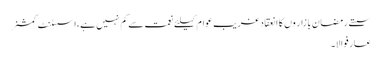
سستے رمضان بازار وں کا انعقادغریب عوام کیلئے نعمت سے کم نہیں ہے،اسسٹنٹ کمشنر
عارفوالا۔